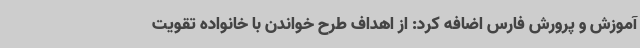
آموزش و پرورش فارس اضافه کرد: از اهداف طرح خواندن با خانواده تقویت